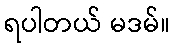
ရပါတယ် မဒမ်။